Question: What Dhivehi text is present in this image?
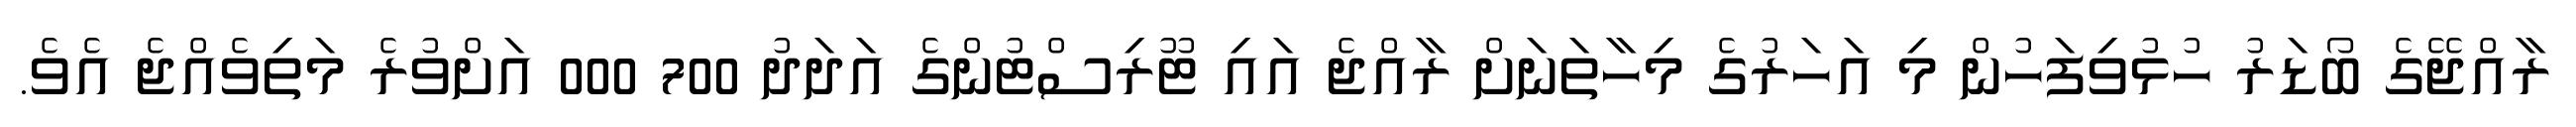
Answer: ރާއްޖޭގެ ބޯޑަރު ހުޅުވިފަހުން މި އަހަރުގެ މިހާތަނަށް ރާއްޖެ އައި ޓޫރިސްޓުންގެ އަދަދު 700 000 އަށްވުރެ މަތިވެއްޖެ އެވެ.